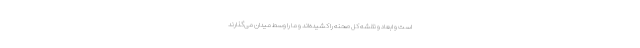
است و ابعاد و نقشه کل صحنه را کشیده‌اند و ما را وسط میدان می‌گذارند